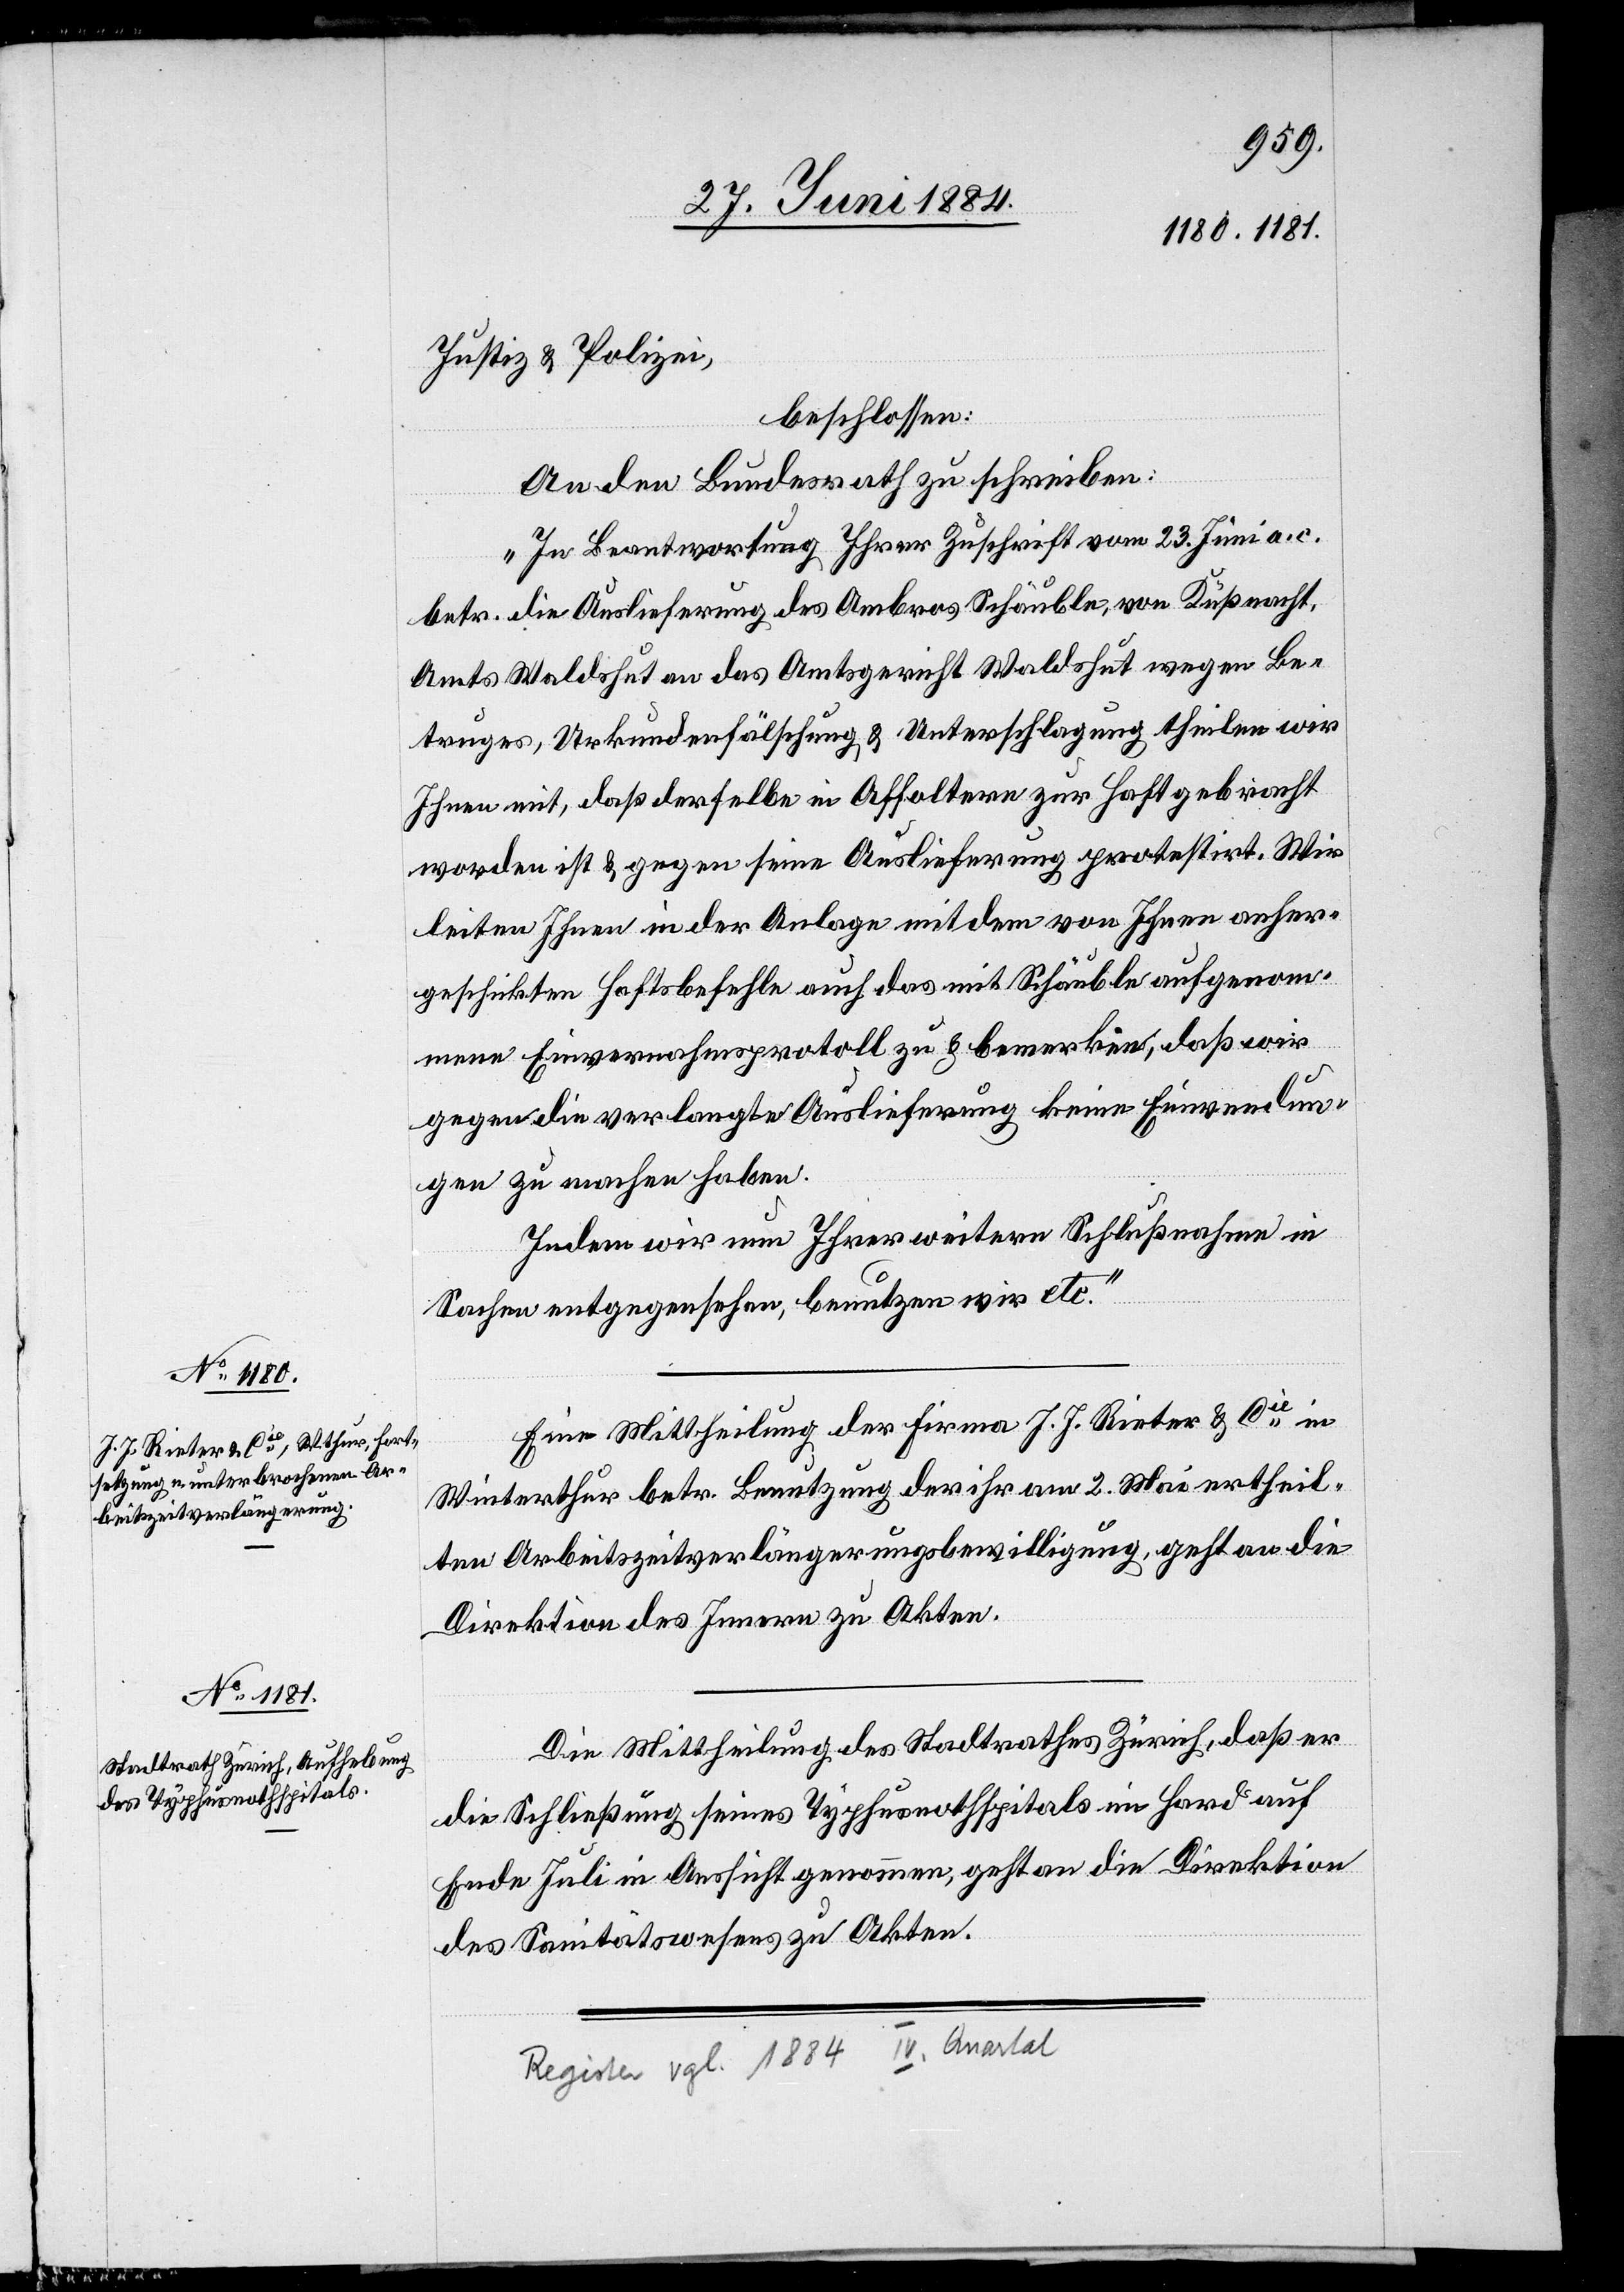
Justiz & Polizei,
beschlossen:
An den Bundesrath zu schreiben:
„In Beantwortung Ihrer Zuschrift vom 23. Juni a. c.
betr. die Auslieferung des Ambros Schäuble, von Küßnacht,
Amts Waldshut an das Amtsgericht Waldshut wegen Be¬
truges, Urkundenfälschung & Unterschlagung theilen wir
Ihnen mit, daß derselbe in Affoltern zu Haft gebracht
worden ist & gegen seine Auslieferung protestirt. Wir
leiten Ihnen in der Anlage mit dem von Ihnen anher
geschickten Haftsbefehle auch das mit Schäuble aufgenom¬
mene Einvernahmsprotokoll zu & bemerken, daß wir
gegen die verlangte Auslieferung keine Einwendun¬
gen zu machen haben.
Indem wir Ihrer weitern Schlußnahme in
Sachen entgegensehen, benutzen wir etc.“
Eine Mittheilung der Firma J. J. Rieter & Cie in
Winterthur betr. Benutzung der ihr am 2. Mai ertheil¬
ten Arbeitszeitverlängerungsbewilligung, geht an die
Direktion des Innern zu den Akten.
Die Mittheilung des Stadtrathes Zürich, daß er
die Schließung seines Typhusspitals im Hard auf
Ende Juli in Aussicht genommen, geht an die Direktion
des Sanitätswesens zu Akten.